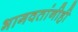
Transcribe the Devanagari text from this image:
भागवतांनीही